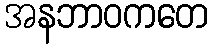
အနဘာဝကတေ